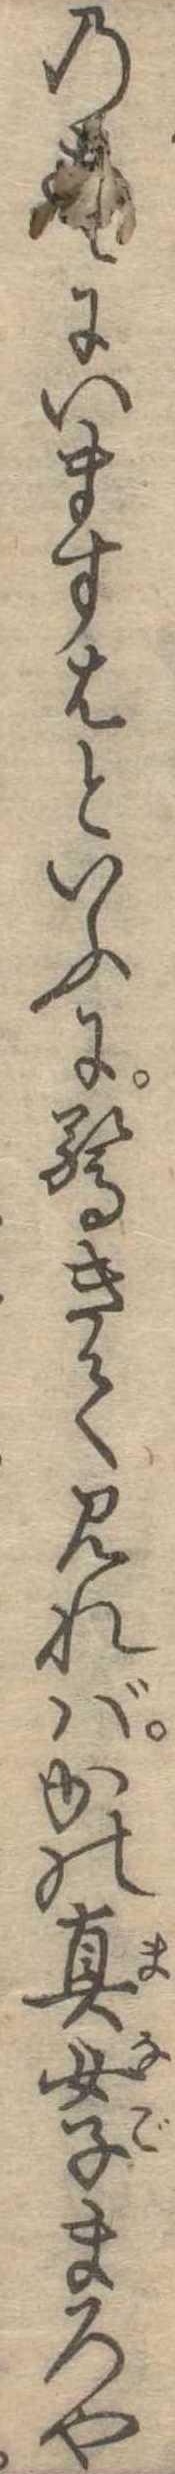
のこゝにいますはといふに驚きて見ればかの真女子まろや